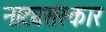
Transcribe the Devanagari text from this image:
नाट्यसंस्कार